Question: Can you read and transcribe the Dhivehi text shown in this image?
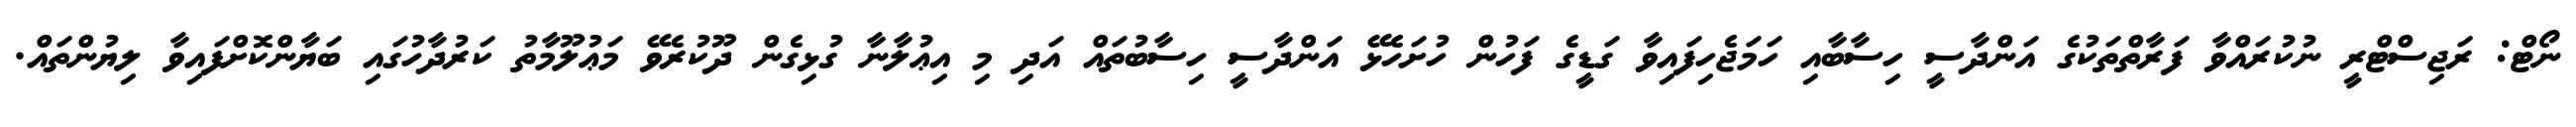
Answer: ނޯޓް: ރަޖިސްޓްރީ ނުކުރައްވާ ފަރާތްތަކުގެ އަންދާސީ ހިސާބާއި ހަމަޖެހިފައިވާ ގަޑީގެ ފަހުން ހުށަހެޅޭ އަންދާސީ ހިސާބުތައް އަދި މި އިޢުލާނާ ގުޅިގެން ދޫކުރެވޭ މަޢުލޫމާތު ކަރުދާހުގައި ބަޔާންކޮށްފައިވާ ލިޔުންތައް.